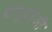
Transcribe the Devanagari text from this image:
बौगुएरेऔ